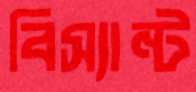
বিস্যান্ট